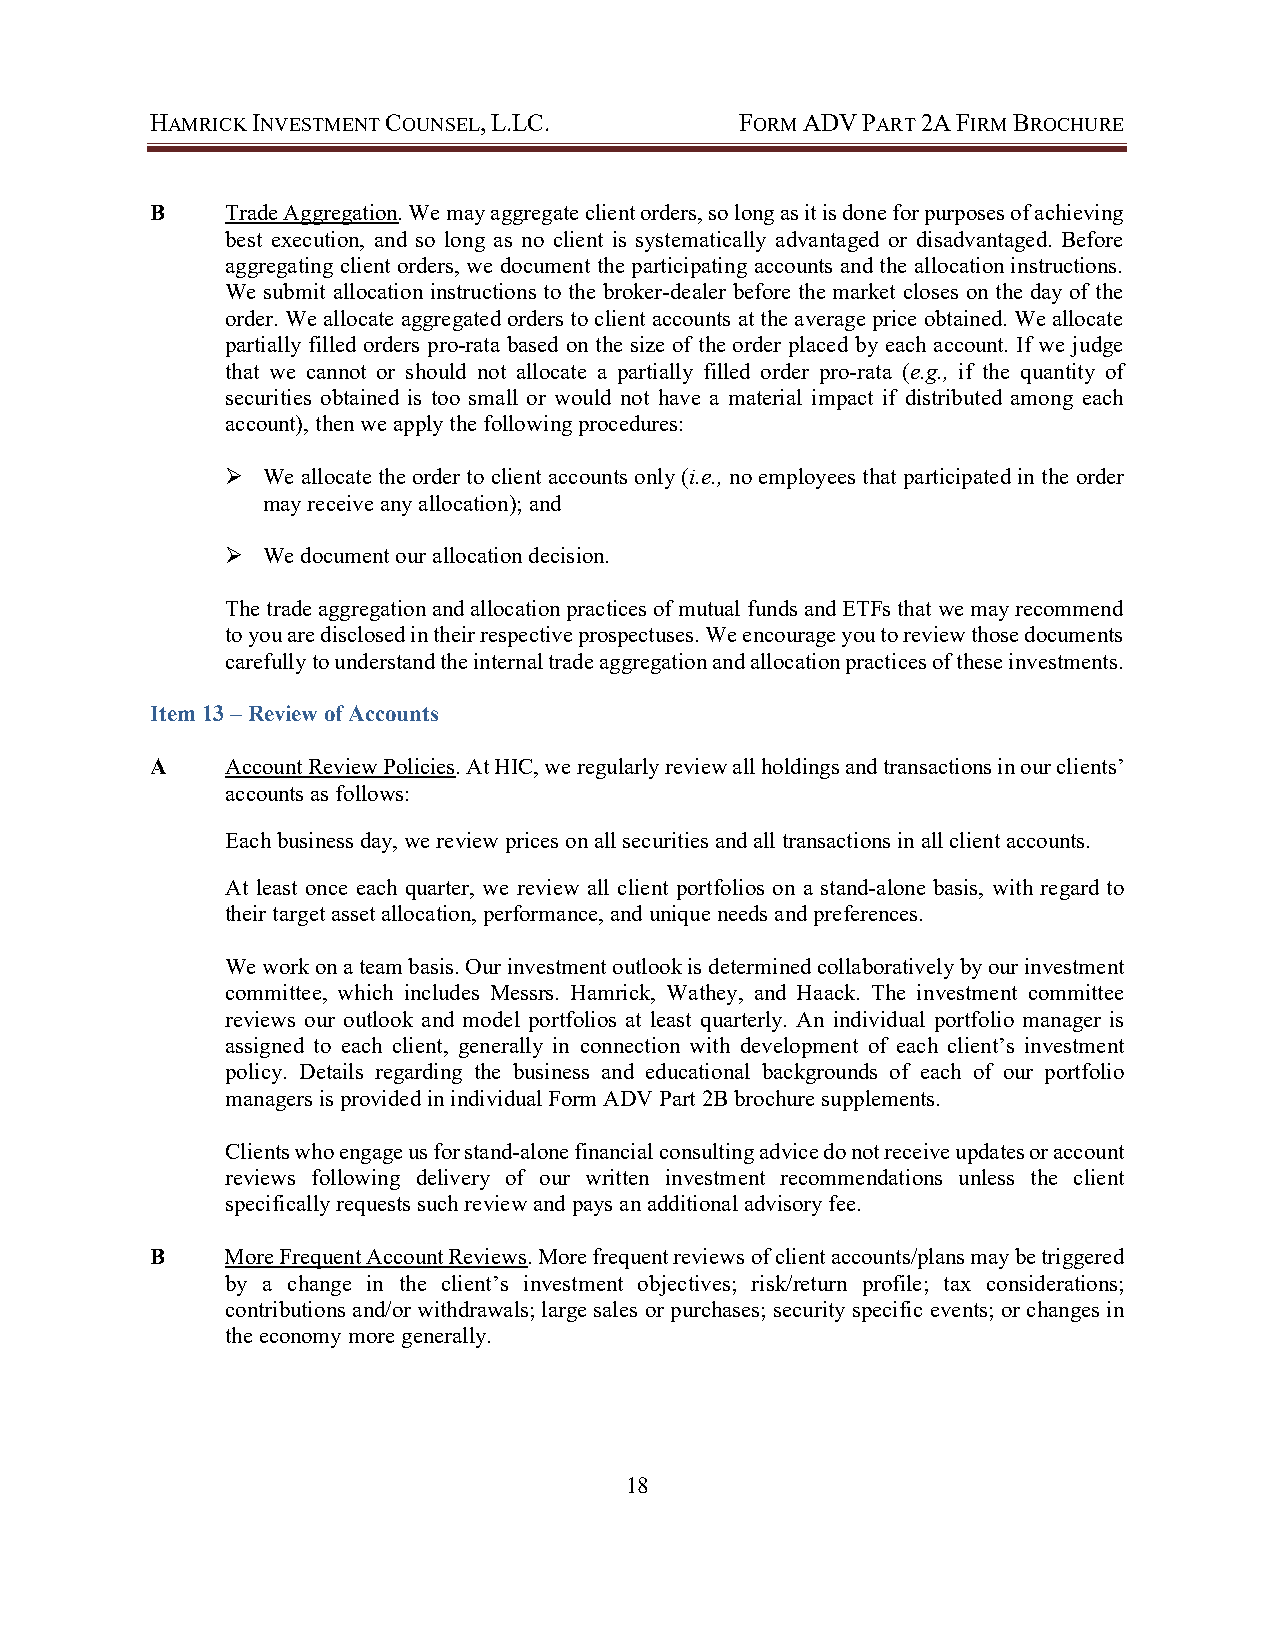
HAMRICK INVESTMENT COUNSEL, L.LC.      FORM ADV PART 2A FIRM BROCHURE
 B    Trade Aggregation. We may aggregate client orders, so long as it is done for purposes of achieving
 best execution, and so long as no client is systematically advantaged or disadvantaged. Before
 aggregating client orders, we document the participating accounts and the allocation instructions.
 We submit allocation instructions to the broker-dealer before the market closes on the day of the
 order. We allocate aggregated orders to client accounts at the average price obtained. We allocate
 partially filled orders pro-rata based on the size of the order placed by each account. If we judge
 that we cannot or should not allocate a partially filled order pro-rata (e.g., if the quantity of
 securities obtained is too small or would not have a material impact if distributed among each
 account), then we apply the following procedures:
  We allocate the order to client accounts only (i.e., no employees that participated in the order
 may receive any allocation); and
  We document our allocation decision.
 The trade aggregation and allocation practices of mutual funds and ETFs that we may recommend
 to you are disclosed in their respective prospectuses. We encourage you to review those documents
 carefully to understand the internal trade aggregation and allocation practices of these investments.
 Item 13 – Review of Accounts
 A    Account Review Policies. At HIC, we regularly review all holdings and transactions in our clients’
 accounts as follows:
 Each business day, we review prices on all securities and all transactions in all client accounts.
 At least once each quarter, we review all client portfolios on a stand-alone basis, with regard to
 their target asset allocation, performance, and unique needs and preferences.
 We work on a team basis. Our investment outlook is determined collaboratively by our investment
 committee, which includes Messrs. Hamrick, Wathey, and Haack. The investment committee
 reviews our outlook and model portfolios at least quarterly. An individual portfolio manager is
 assigned to each client, generally in connection with development of each client’s investment
 policy. Details regarding the business and educational backgrounds of each of our portfolio
 managers is provided in individual Form ADV Part 2B brochure supplements.
 Clients who engage us for stand-alone financial consulting advice do not receive updates or account
 reviews following delivery of our written investment recommendations unless the client
 specifically requests such review and pays an additional advisory fee.
 B    More Frequent Account Reviews. More frequent reviews of client accounts/plans may be triggered
 by a change in the client’s investment objectives; risk/return profile; tax considerations;
 contributions and/or withdrawals; large sales or purchases; security specific events; or changes in
 the economy more generally.
 18